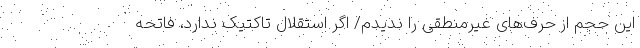
این حجم از حرف‌های غیرمنطقی را ندیدم/ اگر استقلال تاکتیک ندارد، فاتحه